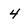
Character: 4